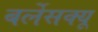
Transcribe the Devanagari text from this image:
बर्लेसक्यू